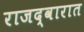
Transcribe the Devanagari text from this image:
राजद्वारात